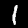
Label: 1